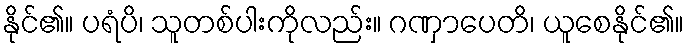
နိုင်၏။ ပရံပိ၊ သူတစ်ပါးကိုလည်း။ ဂဏှာပေတိ၊ ယူစေနိုင်၏။